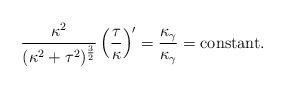
LaTeX: \begin{align*} { \frac{\kappa^2}{(\kappa^2+\tau^2)^{\frac{3}{2}}}\left(\frac{\tau}{\kappa}\right)'=\frac{\kappa_{\gamma}}{\kappa_{\gamma}}=\mbox{constant}. }\end{align*}